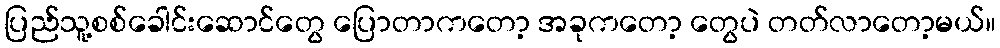
ပြည်သူ့စစ်ခေါင်းဆောင်တွေ ပြောတာကတော့ အခုကတော့ တွေပဲ တတ်လာတော့မယ်။